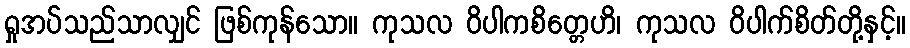
ရှုအပ်သည်သာလျှင် ဖြစ်ကုန်သော။ ကုသလ ဝိပါကစိတ္တေဟိ၊ ကုသလ ဝိပါက်စိတ်တို့နှင့်။